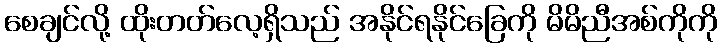
စေချင်လို့ ထိုးတတ်လေ့ရှိသည် အနိုင်ရနိုင်ခြေကို မိမိညီအစ်ကိုကို